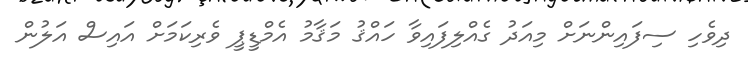
ދިވެހި ސިފައިންނަށް މިއަދު ގެއްލިފައިވާ ހައްޤު މަޤާމު އެމްޑީޕީ ވެރިކަމަށް އައިސް އަލުން